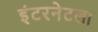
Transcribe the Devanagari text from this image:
इंटरनेटला